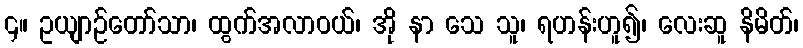
၄။ ဥယျာဉ်တော်သာ၊ ထွက်အလာဝယ်၊ အို နာ သေ သူ၊ ရဟန်းဟူ၍၊ လေးဆူ နိမိတ်၊